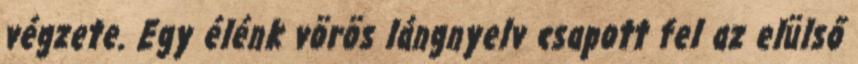
végzete. Egy élénk vörös lángnyelv csapott fel az elülső